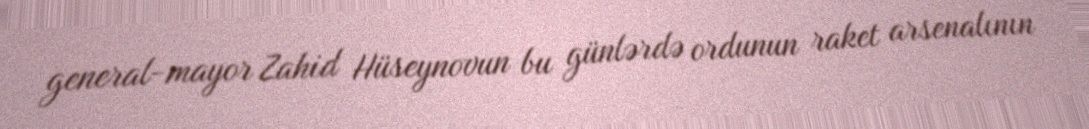
general-mayor Zahid Hüseynovun bu günlərdə ordunun raket arsenalının